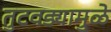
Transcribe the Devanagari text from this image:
तुटवड्यामुळे